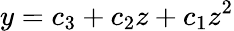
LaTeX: y=c_{3}+c_{2}z+c_{1}z^{2}